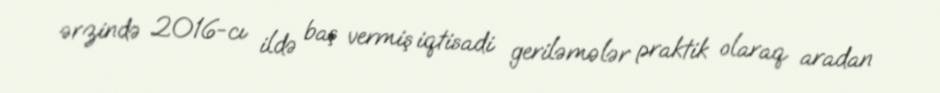
ərzində 2016-cı ildə baş vermiş iqtisadi geriləmələr praktik olaraq aradan